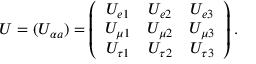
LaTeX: U = ( U _ { \alpha a } ) = \left( \begin{array} { c c c } { { U _ { e 1 } } } & { { U _ { e 2 } } } & { { U _ { e 3 } } } \\ { { U _ { \mu 1 } } } & { { U _ { \mu 2 } } } & { { U _ { \mu 3 } } } \\ { { U _ { \tau 1 } } } & { { U _ { \tau 2 } } } & { { U _ { \tau 3 } } } \end{array} \right) .